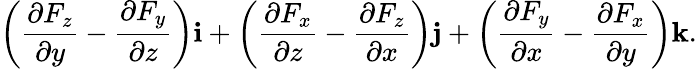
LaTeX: \left({\frac{\partial F_{z}}{\partial y}}-{\frac{\partial F_{y}}{\partial z}}\right)\mathbf{i}+\left({\frac{\partial F_{x}}{\partial z}}-{\frac{\partial F_{z}}{\partial x}}\right)\mathbf{j}+\left({\frac{\partial F_{y}}{\partial x}}-{\frac{\partial F_{x}}{\partial y}}\right)\mathbf{k}.